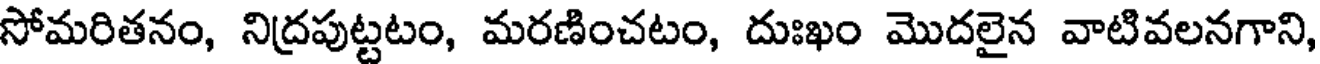
సోమరితనం, నిద్రపుట్టటం, మరణించటం, దుఃఖం మొదలైన వాటివలనగాని,